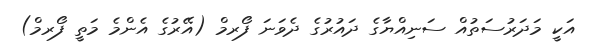
އަކީ މަދަރުސަތުއް ސަނިއްޔާގެ ދައުރުގެ ދެވަނަ ފޯރމް (އޭރުގެ އެންމެ މަތީ ފޯރމް)